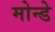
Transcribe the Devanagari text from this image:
मोन्डे